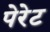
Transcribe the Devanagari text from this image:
पेरेट